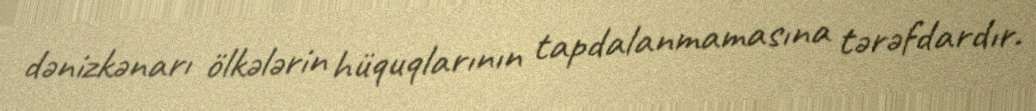
dənizkənarı ölkələrin hüquqlarının tapdalanmamasına tərəfdardır.